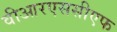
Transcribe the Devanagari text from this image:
वीआरएससीएफ